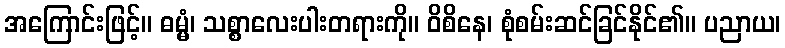
အကြောင်းဖြင့်။ ဓမ္မံ၊ သစ္စာလေးပါးတရားကို။ ဝိစိနေ၊ စုံစမ်းဆင်ခြင်နိုင်၏။ ပညာယ၊